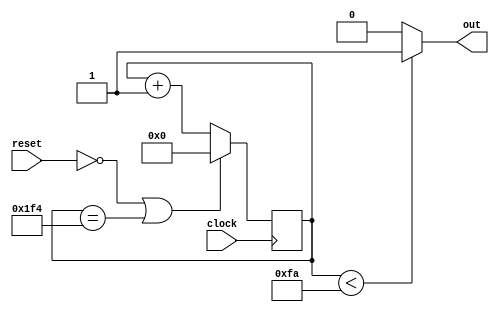
module frequency_divder_500_duty_cycle_50 (clock, reset, out);
  input clock, reset;
  output out;

  reg out;
  reg [8:0] diver;

  // 500 
  always @ (posedge clock) begin
    if (~reset || diver == 500) begin
      diver = 0;
    end else begin
      diver = diver + 1;
    end
  end

  // 
  always @ (diver) begin
    if (diver < 250) begin
      out = 1;
    end else begin
      out = 0;
    end
  end

endmodule // frequency_divder_500_duty_cycle_50